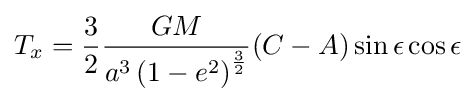
T_{x}={\frac {3}{2}}{\frac {GM}{a^{3}\left(1-e^{2}\right)^{\frac {3}{2}}}}(C-A)\sin \epsilon \cos \epsilon